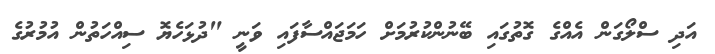
އަދި ސްލޯގަން އެއްގެ ގޮތުގައި ބޭނުންކުރުމަށް ހަމަޖައްސާފައި ވަނީ "ދުޅަހެޔޮ ސިއްހަތުން އުމުރުގެ